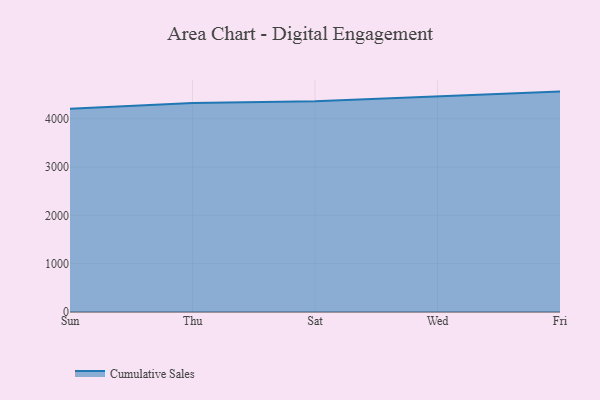
{"axis": {"x": "Day", "y": "Conversion Rate (%)"}, "legend": ["Cumulative Sales"], "data": [{"x": "Sun", "y": 4204.5, "type": "Cumulative Sales"}, {"x": "Thu", "y": 4325.1, "type": "Cumulative Sales"}, {"x": "Sat", "y": 4362.6, "type": "Cumulative Sales"}, {"x": "Wed", "y": 4469.0, "type": "Cumulative Sales"}, {"x": "Fri", "y": 4560.7, "type": "Cumulative Sales"}]}